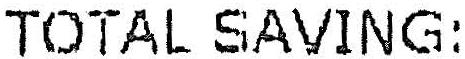
TOTAL SAVING: